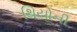
થિયોની